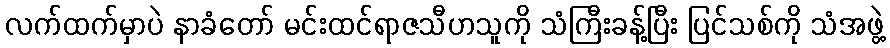
လက်ထက်မှာပဲ နာခံတော် မင်းထင်ရာဇသီဟသူကို သံကြီးခန့်ပြီး ပြင်သစ်ကို သံအဖွဲ့